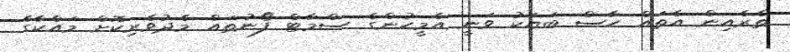
ތެރެއިން އެތައް ހާސް ބަޔަކު ވަނީ އެމީހުންގެ ސްމާޓް ފޯނުތައް މެދުވެރިކޮށް މައްކާގެ